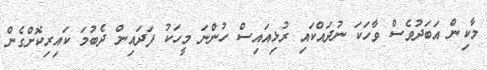
މާކިން އަބަދުވެސް ވާހަކަ ނުދައްކައި ރުޅިއައިސް ހުންނަ މީހަކު ފަދައިން ދެބުމަ ކައިރިކޮށްގެން